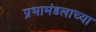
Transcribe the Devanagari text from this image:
प्रभामंडलाच्या